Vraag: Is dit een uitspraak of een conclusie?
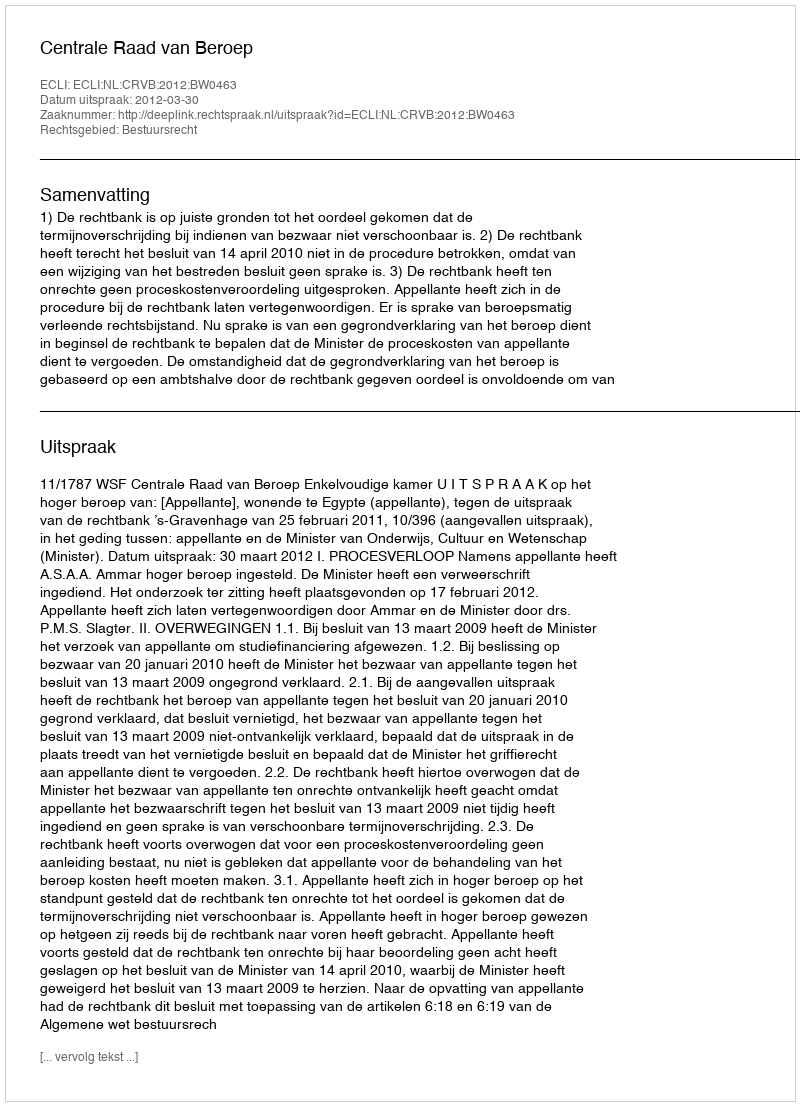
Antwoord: Uitspraak